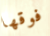
فوقها